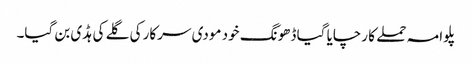
پلوامہ حملے کا رچایا گیا ڈھونگ خود مودی سرکار کی گلے کی ہڈی بن گیا۔